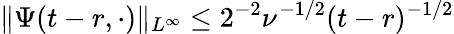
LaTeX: \| \Psi(t-r,\cdot)\| _{L^{\infty}}\leq 2^{-2}\nu^{-1/2}(t-r)^{-1/2}